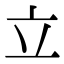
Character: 立